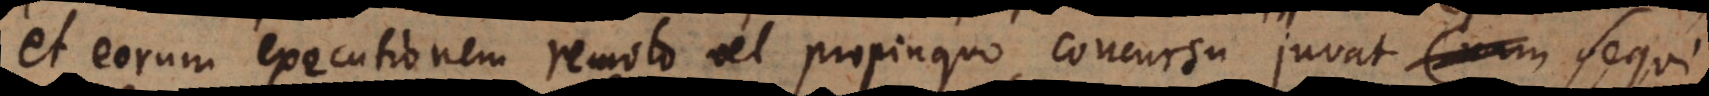
et eorum executionem remoto vel propinquo concursu juvat sequi